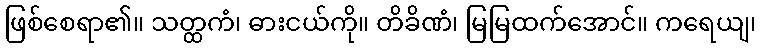
ဖြစ်စေရာ၏။ သတ္ထကံ၊ ဓားငယ်ကို။ တိခိဏံ၊ မြမြထက်အောင်။ ကရေယျ၊